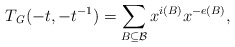
\begin{align*}T_{\mathit{G}}(-t,-t^{-1})=\sum_{B\subseteq \mathcal{B}}x^{i(B)}x^{-e(B)},\end{align*}